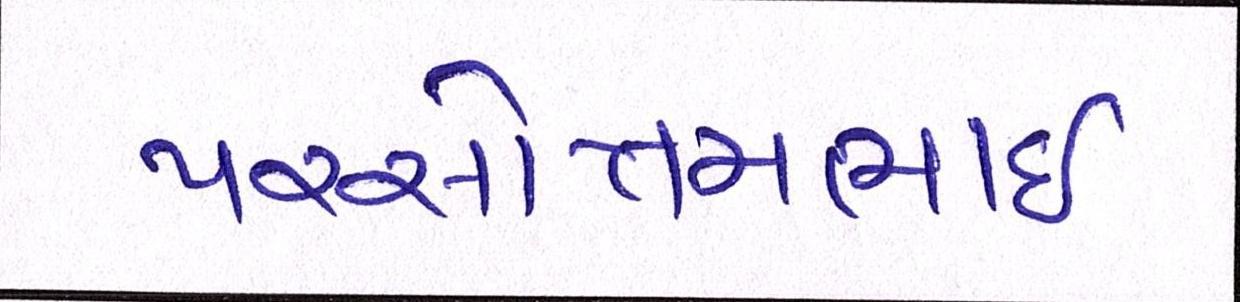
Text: પરસોત્તમભાઈ